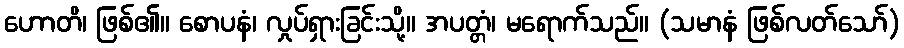
ဟောတိ၊ ဖြစ်၏။ စောပနံ၊ လှုပ်ရှားခြင်းသို့။ အပတ္တံ၊ မရောက်သည်။ (သမာနံ ဖြစ်လတ်သော်)